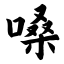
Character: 嗓